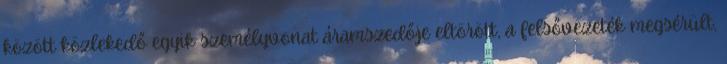
között közlekedő egyik személyvonat áramszedője eltörött, a felsővezeték megsérült,